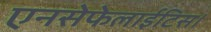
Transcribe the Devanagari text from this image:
एनसेफेलाईटिस।